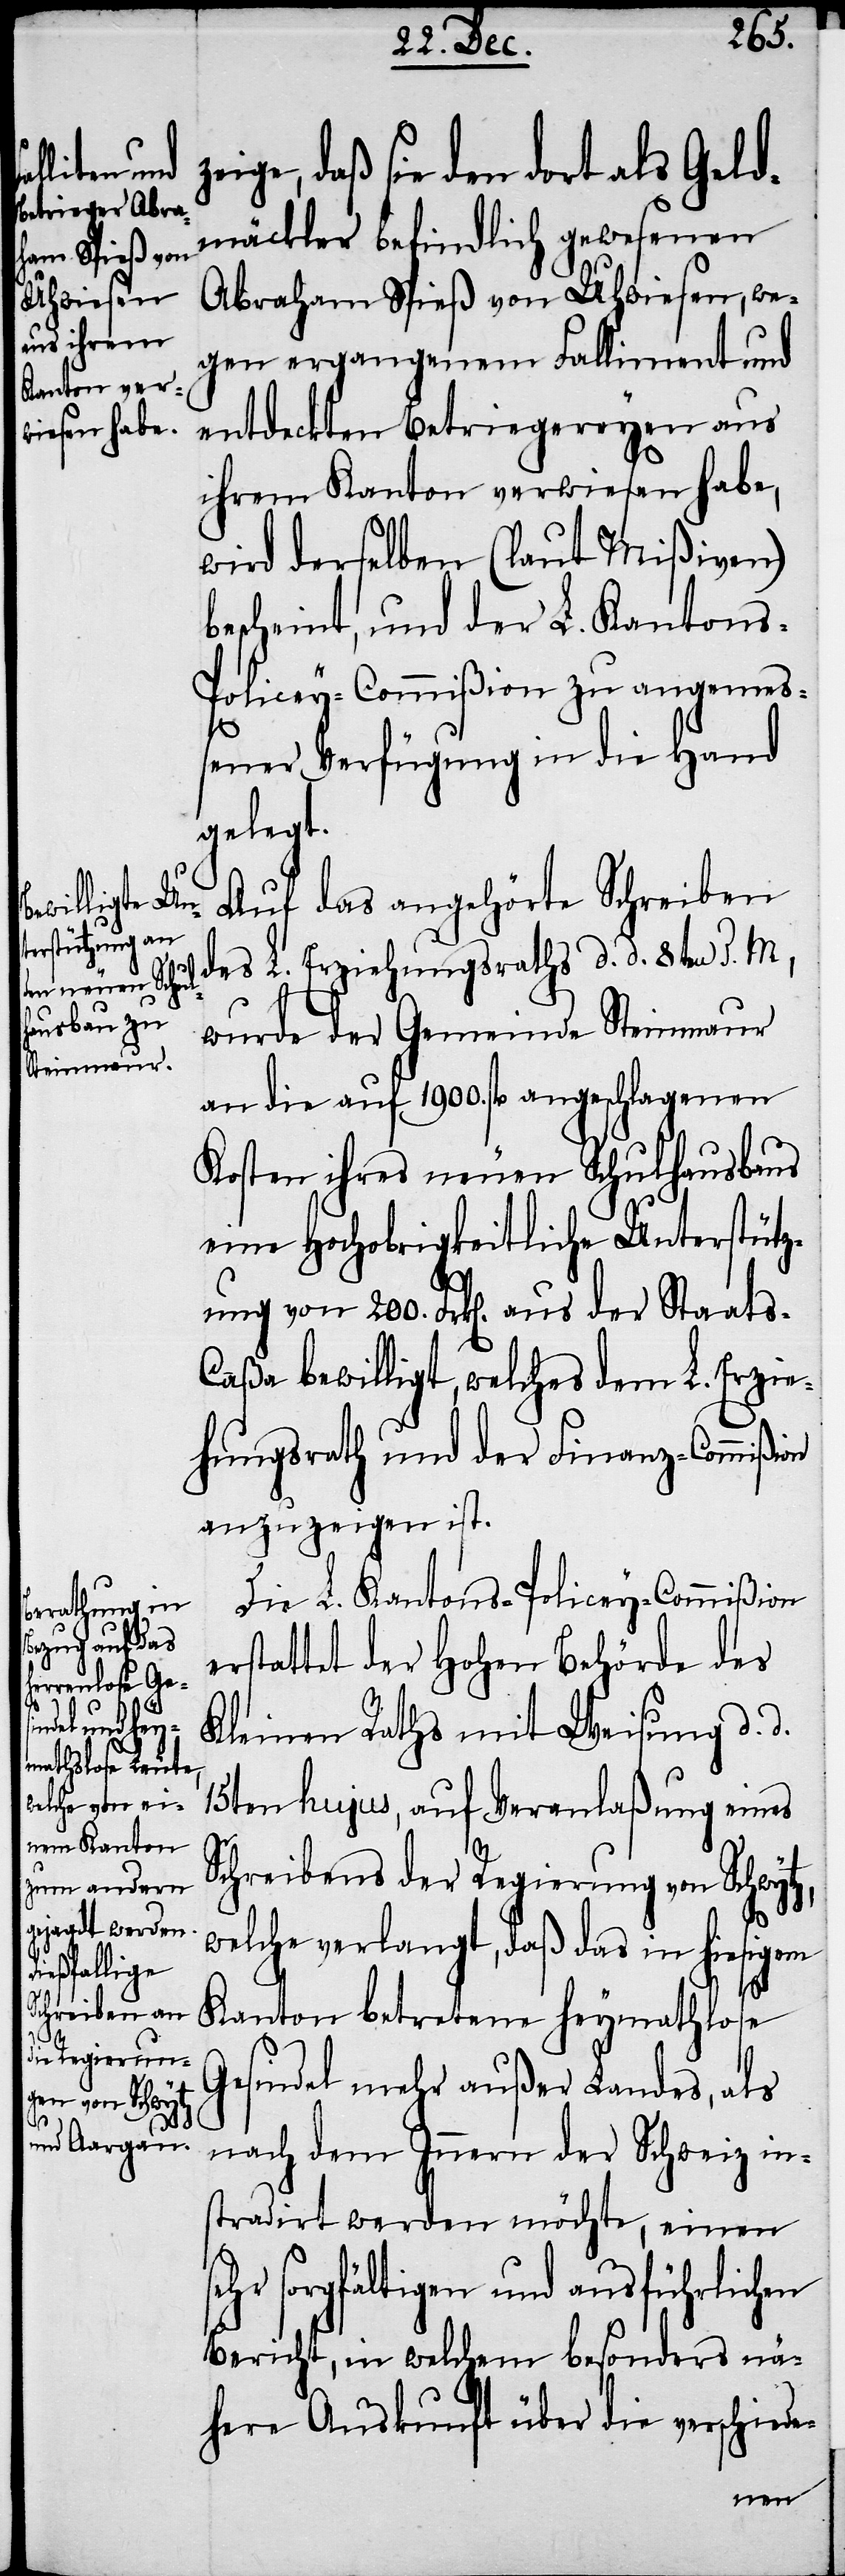
ige, daß sie den dort als Geld¬
mäckler befindlich gewesenen
Abraham Spieß von Uhwiesen, we¬
gen ergangenem Falliment und
entdeckten Betriegereyen aus
ihrem Kanton verwiesen habe,
wird derselben (laut Mißiven)
bescheint, und der L. Kantons-P¬
olicey-Commißion zu angemeß¬
se¬
ener Verfügung in die Hand
gelegt.
Auf das angehörte Schreiben
des L. Erziehungsraths d. d. 8ten d. M,
wurde der Gemeinde Steinmaur
an die auf 1900. fl angeschlagenen
Kosten ihres neuen Schulhausbaus
eine Hochobrigkeitliche Unterstütz¬
ung von 200. Frk[en]. aus der Staats-C¬
aßa bewilligt, welches dem L. Erzie¬
hungsrath und der Finanz-Commißi¬
anzuzeigen ist.
Die L. Kantons-Policey-Commißion
erstattet der Hohen Behörde des
Kleinen Raths mit Weisung d. d.
15ten hujus, auf Veranlaßung eines
Schreibens der Regierung von Schwy¬
welche verlangt, daß das in hiesigem
Kanton betretene heymathlose
Gesindel mehr außer Landes, als
nach dem Innern der Schweiz in¬
stradirt werden möchte, einen
hr sorgfältigen und ausführlichen
Bericht, in welchem besonders nä¬
here Auskunft über die verschiede-